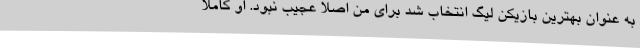
به عنوان بهترین بازیکن لیگ انتخاب شد برای من اصلا عجیب نبود. او کاملا